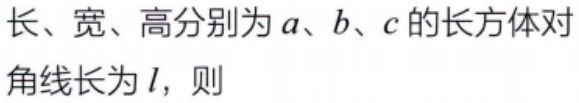
长、宽、高分别为\(a\)、\(b\)、\(c\)的长方体对角线长为\(l\)，则